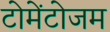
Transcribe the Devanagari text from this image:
टोमेंटोजम